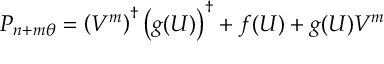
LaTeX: P _ { n + m \theta } = \left( V ^ { m } \right) ^ { \dagger } \left( { g } ( U ) \right) ^ { \dagger } + f ( U ) + g ( U ) V ^ { m }